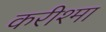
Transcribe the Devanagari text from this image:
करीश्मा